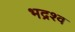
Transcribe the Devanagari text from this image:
भद्रश्व